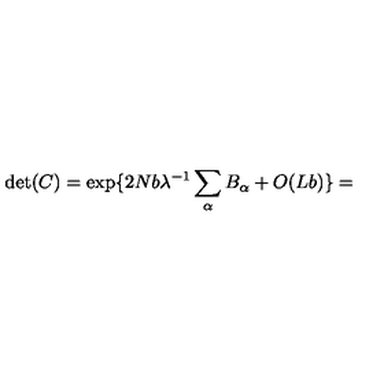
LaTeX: \det ( C ) = \exp \{ 2 N b \lambda ^ { - 1 } \sum _ { \alpha } B _ { \alpha } + O ( L b ) \} =